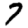
Digit: 7